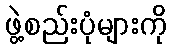
ဖွဲ့စည်းပုံများကို